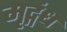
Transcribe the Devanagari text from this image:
मृद्गंध